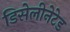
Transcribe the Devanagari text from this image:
डिसेलीनेटेड